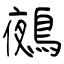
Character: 鵺